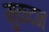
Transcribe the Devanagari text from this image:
मुकदन